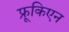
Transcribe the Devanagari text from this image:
फ्रूकिएन